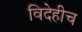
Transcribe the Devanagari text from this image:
विदेहीच